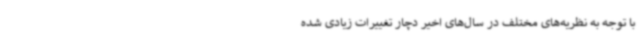
با توجه به نظریه‌های مختلف در سال‌های اخیر دچار تغییرات زیادی شده